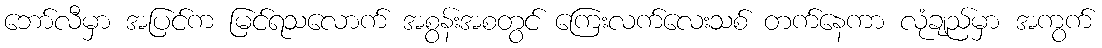
ဘော်လီမှာ အပြင်က မြင်ရသလောက် အစွန်းအစတွင် ကြေးလက်လေးသစ် တက်နေကာ လုံချည်မှာ အကွက်